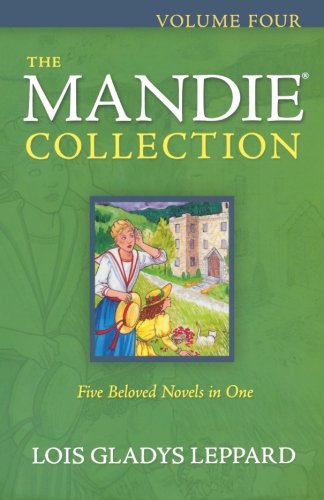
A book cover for The Mandie Collection; Lois Gladys Leppard; Teen & Young Adult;